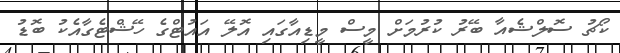
ކޯޗު ސޮލްޝެއާ ބޭރު ކުރުމަށް މީސް މީޑިއާގައި އޮލޭ އައުޓްގެ ހޭޝްޓެގާއެކު ބޮޑު